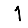
Digit: 1